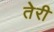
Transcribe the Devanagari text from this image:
तेेरी